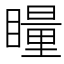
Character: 𭿝